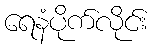
ရေနံပိုက်လိုင်း